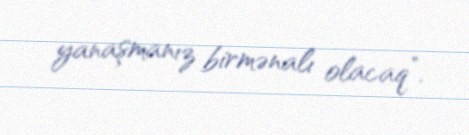
yanaşmanız birmənalı olacaq”.